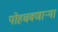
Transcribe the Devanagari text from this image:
पोहचवणाऱ्या